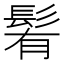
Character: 𩭀